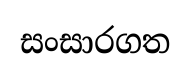
සංසාරගත